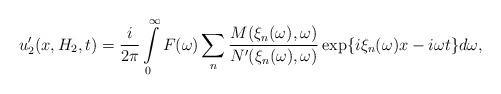
LaTeX: \begin{align*}u_2' (x, H_2, t) = \frac{i}{2 \pi} \int\limits_{0}^{\infty} F(\omega) \sum_n \frac{ M(\xi_n(\omega), \omega)}{N'(\xi_n (\omega), \omega)} \exp\{i \xi_n(\omega) x - i \omega t\} d \omega,\end{align*}